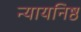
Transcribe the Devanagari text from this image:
न्यायनिष्ठ